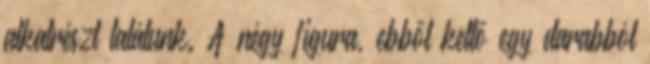
alkatrészt találunk. A négy figura, ebből kettő egy darabból